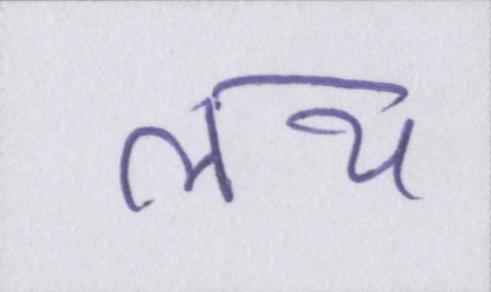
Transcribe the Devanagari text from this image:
लय